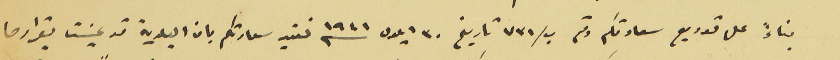
بناءً على توريع سعادتكم رقم ب/ ٧٣١ تاريخ ٣٠ ايلول سنه ١٩٤١ نفيد سعادتكم بان البلدية قد عينت بقرارها